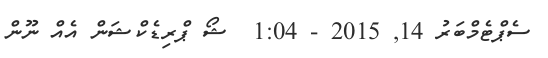
ސެޕްޓެމްބަރު 14